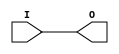
module IBUF_GTLP (O, I);

    output O;

    input  I;

	buf B1 (O, I);


endmodule